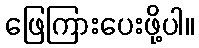
ဖြေကြားပေးဖို့ပါ။